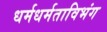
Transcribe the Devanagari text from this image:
धर्मधर्मताविभंग